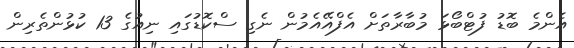
އެންމެ ބޮޑު ފުޓްބޯޅަ މުބާރާތަށް އެފްއޭއެމުން ނެގި ސްކޮޑުގައި ނިއުގެ 13 ކުޅުންތެރިން